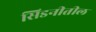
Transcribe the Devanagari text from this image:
सिडनीतील